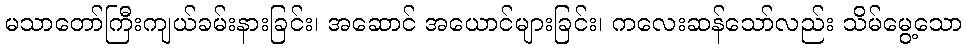
မသာတော်ကြီးကျယ်ခမ်းနားခြင်း၊ အဆောင် အယောင်များခြင်း၊ ကလေးဆန်သော်လည်း သိမ်မွေ့သော